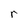
Character: r